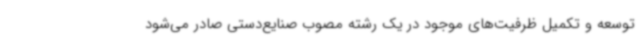
توسعه و تکمیل ظرفیت‌های موجود در یک رشته مصوب صنایع‌دستی صادر می‌شود